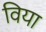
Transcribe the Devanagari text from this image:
विया